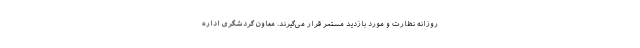
روزانه نظارت و مورد بازدید مستمر قرار می‌گیرند. معاون گردشگری اداره